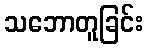
သဘောတူခြင်း